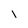
Character: l